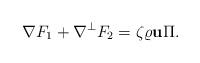
LaTeX: \begin{align*} \nabla F_1+\nabla^\perp F_2= \zeta\varrho \mathbf u \Pi.\end{align*}